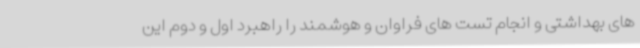
های بهداشتی و انجام تست های فراوان و هوشمند را راهبرد اول و دوم این